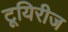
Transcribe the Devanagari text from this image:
टूयिरीज